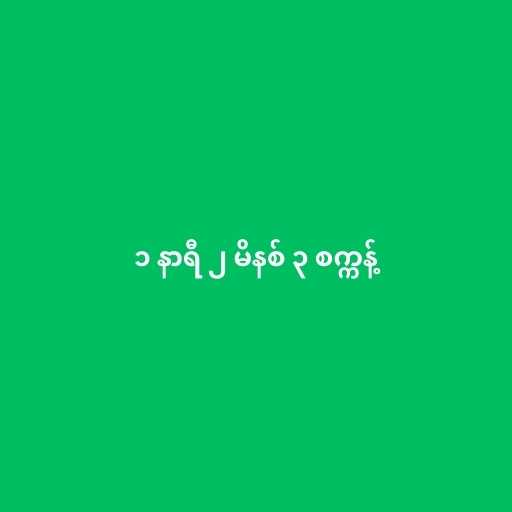
၁ နာရီ ၂ မိနစ် ၃ စက္ကန့်